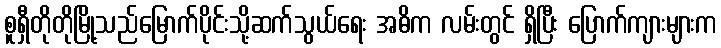
စူရှီတိုတိုမြို့သည်မြောက်ပိုင်းသို့ဆက်သွယ်ရေး အဓိက လမ်းတွင် ရှိပြီး ပြောက်ကျားများက